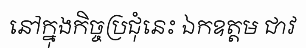
នៅក្នុងកិច្ចប្រជុំនេះ ឯកឧត្តម ជាវ